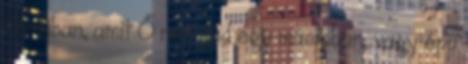
férfiban, amit Ő nem tud egy másikban, vagy épp